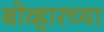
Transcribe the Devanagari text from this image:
बोव्हारच्या